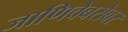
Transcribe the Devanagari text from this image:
जाणिवेबरोबर